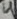
Text: 4